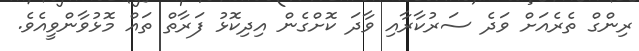
ރިންގް ތެެރެއަށް ވަދެ ސަރުކާރާއި ވާދަ ކޮށްގެން އިދިކޮޅު ފަރާތް ތައް މޮޅުވާންވީއެވެ.